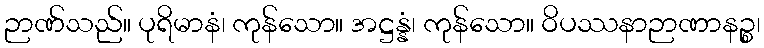
ဉာဏ်သည်။ ပုရိမာနံ၊ ကုန်သော။ အဋ္ဌန္နံ၊ ကုန်သော။ ဝိပဿနာဉာဏာနဉ္စ၊